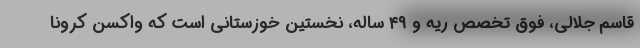
قاسم جلالی، فوق تخصص ریه و ۴۹ ساله، نخستین خوزستانی است که واکسن کرونا